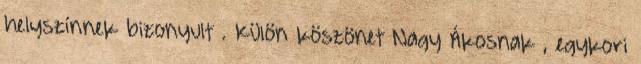
helyszínnek bizonyult . Külön köszönet Nagy Ákosnak , egykori